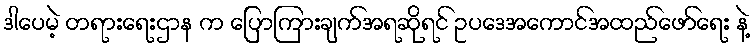
ဒါပေမဲ့ တရားရေးဌာန က ပြောကြားချက်အရဆိုရင် ဥပဒေအကောင်အထည်ဖော်ရေး နဲ့